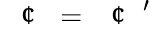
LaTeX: \mathrm{~\textit~{~\textcent~}~}=\mathrm{~\textit~{~\textcent~}~}^{\prime}